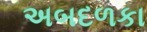
અબદળકા